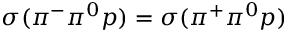
\sigma ( \pi ^ { - } \pi ^ { 0 } p ) = \sigma ( \pi ^ { + } \pi ^ { 0 } p ) \nonumber